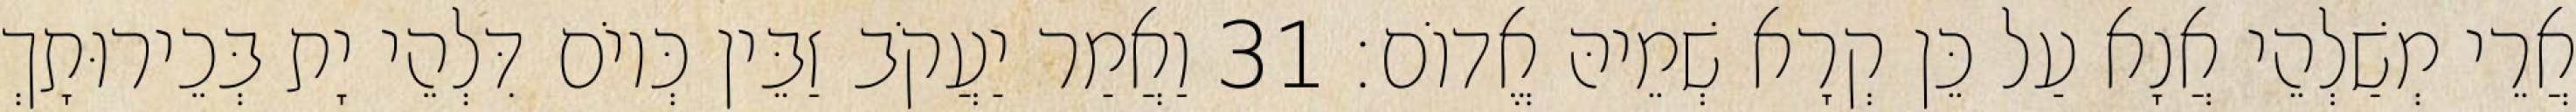
אֲרֵי מְשַׁלְהֵי אֲנָא עַל כֵּן קְרָא שְׁמֵיהּ אֱדוֹם׃ 31 וַאֲמַר יַעֲקֹב זַבֵּין כְּיוֹם דִּלְהֵי יָת בְּכֵירוּתָךְ